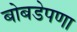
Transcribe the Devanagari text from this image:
बोबडेपणा